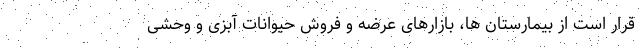
قرار است از بیمارستان ها، بازارهای عرضه و فروش حیوانات آبزی و وحشی